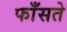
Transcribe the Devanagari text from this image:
फाँसते